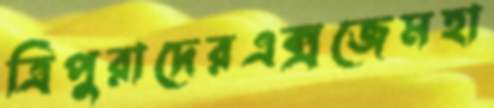
ত্রিপুরাদেরএক্সজেমহা